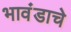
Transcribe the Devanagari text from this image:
भावंडाचे